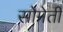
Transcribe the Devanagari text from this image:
सोमेती